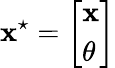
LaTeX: \mathbf{x}^{\star}=\left[\begin{array}{l}{\mathbf{x}}\\ {\theta}\end{array}\right]